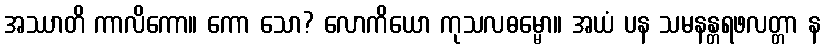
အဿာတိ ကာလိကော။ ကော သော? လောကိယော ကုသလဓမ္မော။ အယံ ပန သမနန္တရဖလတ္တာ န